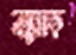
জমক